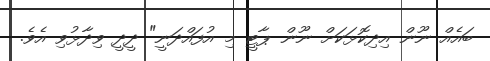
ބައެއް ނޫން އިދިކޮޅަކަށް ނޫން ޕާޓީ މި އުފައްދަނީ" ދީދީ ވިދާޅުވި އެވެ.